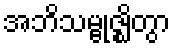
အဘိသမ္ဗုဇ္ဈိတွာ